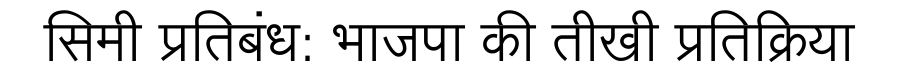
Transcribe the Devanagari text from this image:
सिमी प्रतिबंध: भाजपा की तीखी प्रतिक्रिया